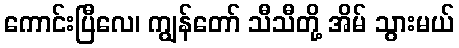
ကောင်းပြီလေ၊ ကျွန်တော် သီသီတို့ အိမ် သွားမယ်